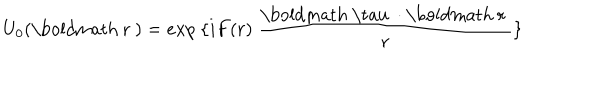
U _ { 0 } ( \mathrm { \boldmath ~ r ~ } ) = e x p ~ \{ i F ( r ) ~ \frac { \mathrm { \boldmath ~ \ t a u ~ } \cdot \mathrm { \boldmath ~ r ~ } } { r } \}